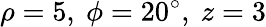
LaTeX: \rho=5,\ \phi=20^{\circ},\ z=3